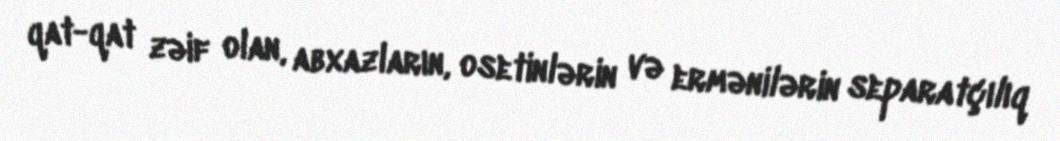
qat-qat zəif olan, abxazların, osetinlərin və ermənilərin separatçılıq